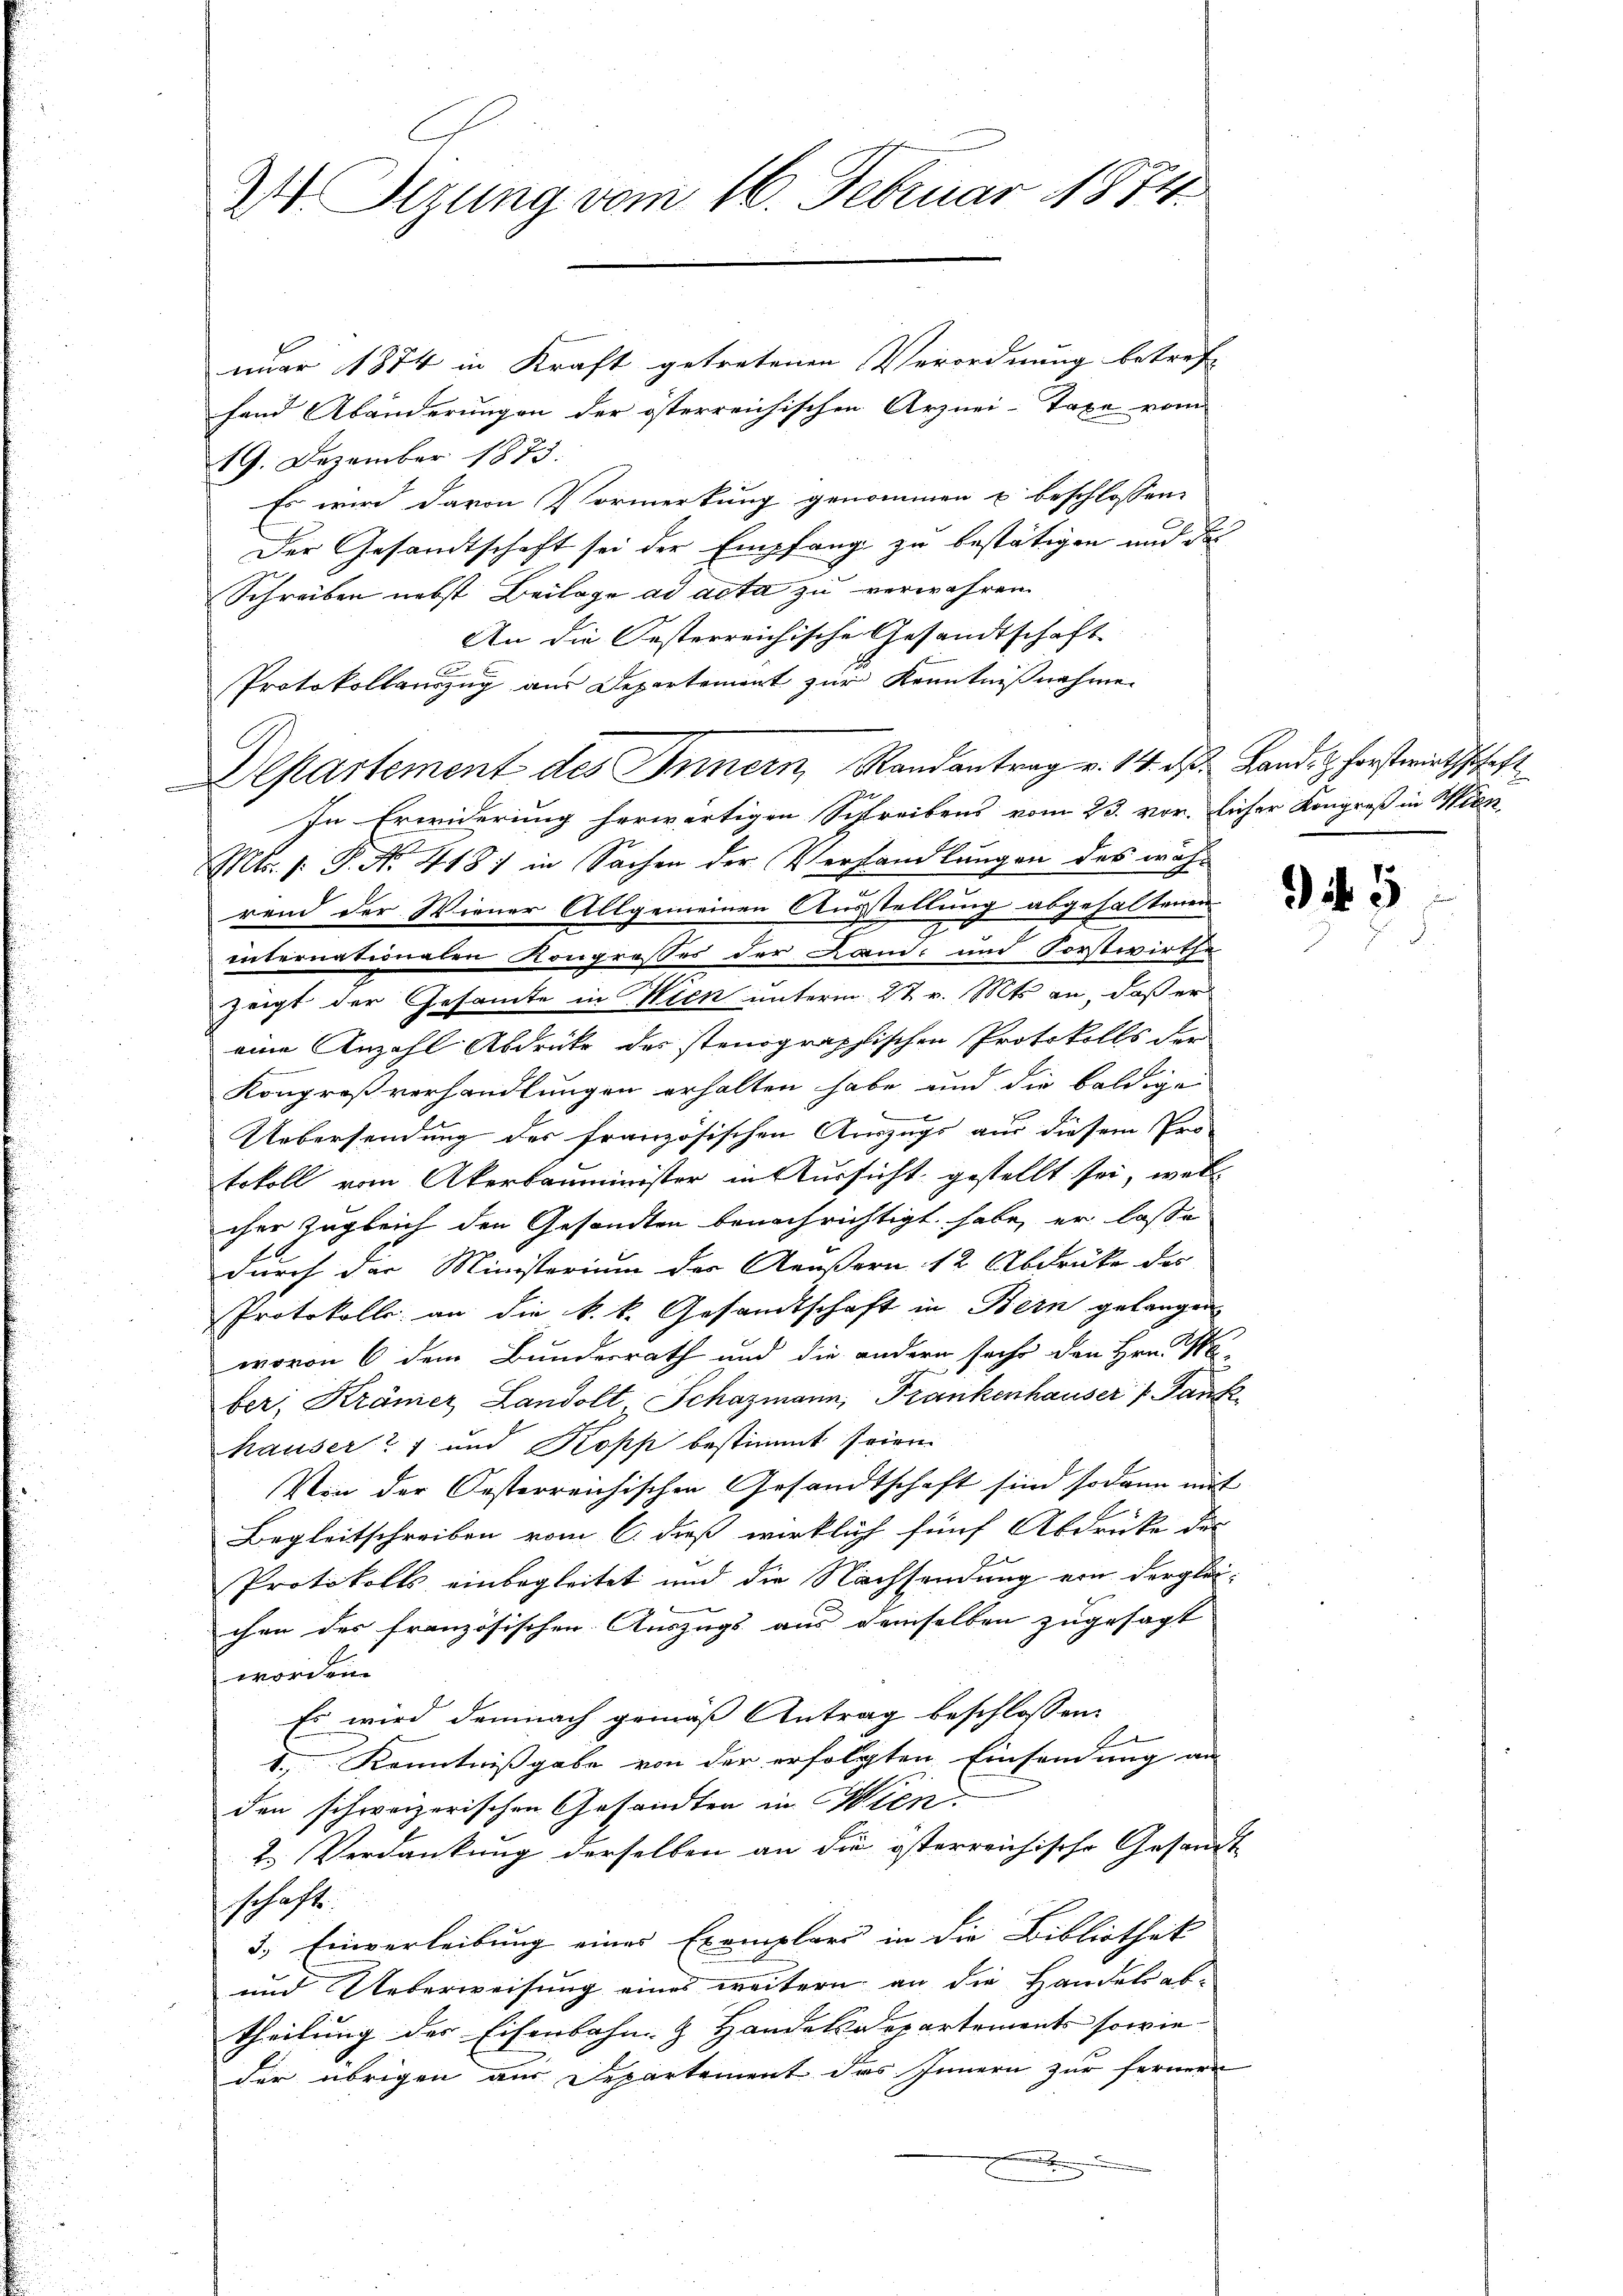
2 Sizung vom 16. Februar 1874.

nuar 1874 in Kraft getretenen Verordnung betreff
fand Abänderungen der österreichischen Arznei-Taxe vom
19. Dezember 1873.
Es wird davon Vormerkung genommen u beschlossen:
Der Gesandtschaft sei der Empfang zu bestätigen und des
Schreiben nebst Beilage ad acta zu verwahren.
An die Oesterreichische Gesandtschaft |
Protokollauszug aus Departement zur Kenntnißnahme
Departement des Innern, Randantrag v. 14. ds. Land- & Forstwirthschaft
In Erwiderung herwärtigen Schreibens vom 23. vorlicher Kongreß in Wien,
Mts. 1. P. Nr. 418) in Sachen der Verhandlungen des während der Wiener Allgemeinen Ausstellung abgehaltenen
internationalen Kongrosses der Land- und Forstwirthe
zeigt der Gesamte in Wien unterm 27 v. Mts. an, daß er
eine Anzahl Abdrücke des stenographischen Protokolls der
Kongroßverhandlungen erhalten habe und die baldige
Uebersendung des französischen Auszugs aus diesem Pro
tokoll vom Akerbauminister in Aussicht gestellt sei, welch
cher zugleich den Gesandten benachrichtigt habe, er lasse
durch der Ministerium des Aeußern 12 Abdrücke des
Protokolle, an die k. k. Gesandtschaft in Bern gelangen
wovon 6 dem Bundesrath und die andern sechs den Hrn. Na-
ber, Krämer Landolt Schazmann, Frankenhauser 1 Fank
hauser 27 und Kopf bestimmt seien.
Von der Oesterreichischen Gesandtschaft sind sodann mit
Begleitschreiben vom 6. dieß wirklich fünf Abdrucke des
Protokolls einbegleitet und die Nachsendung ein dergleichen des französischen Auszugs aus demselben zugesagt
worden.
Es wird demnach gemäß Antrag beschlossen:
1., Kenntnißgabe von der erfolgten Einsendung an
den schweizerischen Gesandten in Wien
2. Verdankung derselben an die österreichische Gesandt
schaft.
3.) Einverleibung eines Exemplars in die Bibliothek
und Ueberweisung eines weitern an die Handels abtheilung der Eisenbahn & Handelsdepartements sowie
der übrigen aus Departement das Innern zur fernern
.

945